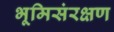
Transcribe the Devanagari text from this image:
भूमिसंरक्षण